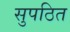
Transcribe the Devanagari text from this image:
सुपठित